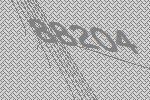
88204